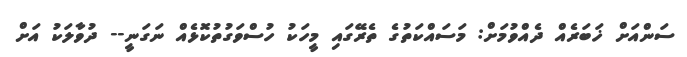
ސަންއަށް ޚަބަރެއް ދެއްވުމަށް: މަސައްކަތުގެ ތެރޭގައި މީހަކު ހުސްވަގުތުކޮޅެއް ނަގަނީ-- ދުވާލަކު އަށް